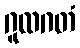
ဂူထဂတံ